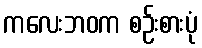
ကလေးဘဝက စဉ်းစားပုံ